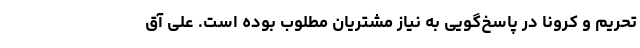
تحریم و کرونا در پاسخ‌گویی به نیاز مشتریان مطلوب بوده است. علی آق